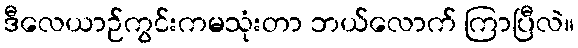
ဒီလေယာဉ်ကွင်းကမသုံးတာ ဘယ်လောက် ကြာပြီလဲ။